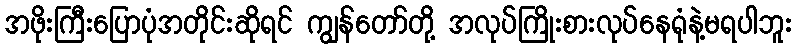
အဖိုးကြီးပြောပုံအတိုင်းဆိုရင် ကျွန်တော်တို့ အလုပ်ကြိုးစားလုပ်နေရုံနဲ့မရပါဘူး